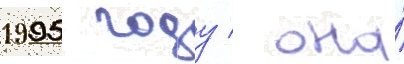
1995 году / она́